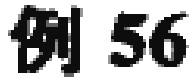
例 56